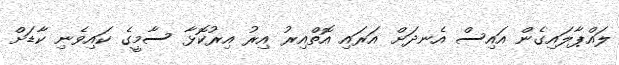
ލައްޕާލައިގެން އައިސް އެނދަށް އަރައި އޮތްއިރު އިރު އިރުކޮޅާ ސާމީގެ ކައިވެނި ކާޑަށް